Report on the lunatic asylums under the Government of Bombay - 1904-1913
Year: 1904
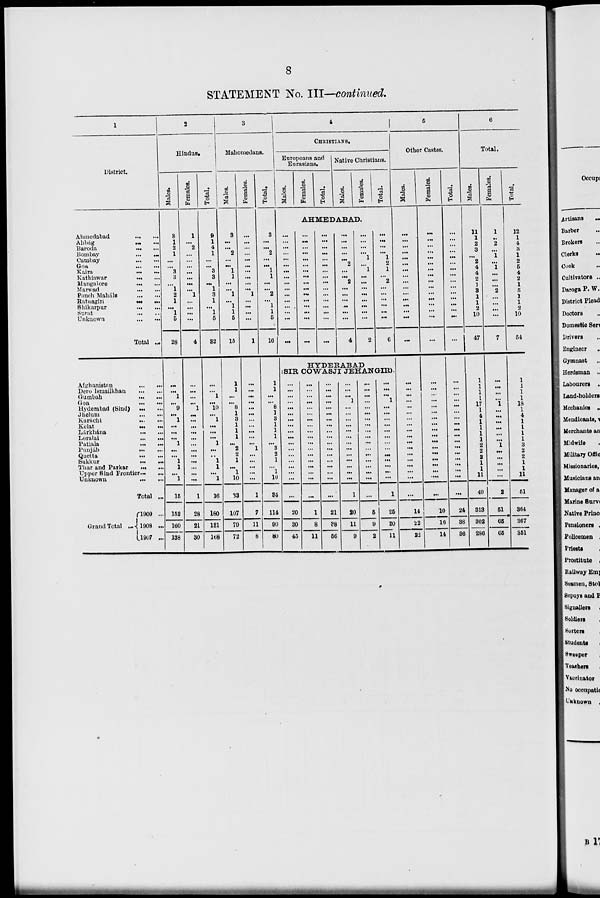
8
STATEMENT No. III—continued.
1
District.
Ahmedabad
...
...
Ahbág
...
...
Baroda ... ...
Bombay
...
...
Cambay
...
...
Goa
...
...
Kaira
...
...
Kathiawar ... ...
Mangalore
...
...
Marwad
...
...
Panch Maháls
...
...
Ratnagiri
...
...
Shikarpur
...
...
Surat ... ...
Unknown
Total ...
Afghanistan
...
...
Dero
Ismailkhan ... ...
Gumbah
...
...
Goa
...
...
Hyderabad (Sind) ... ...
Jhelum
...
...
Karáchi
Kelat
...
...
Lárkhána
...
...
Loralai
...
...
Patiala
...
...
Punjáb ... ...
Quetta
...
...
Sukkur
...
...
Thar and Parkar ... ...
Upper Sind Frontier . . . ...
Unknown ... ...
Total ...
Grand Total
...
1909 ...
1908 ...
1907 ...
2
Hindus.
Males.
8
1
2
1
...
...
3
3
...
1
2
1
...
1
5
28
...
...
1
...
9
...
1
...
...
...
1
...
...
1
1
...
1
15
152
160
138
Females.
1
...
2
...
...
...
...
...
...
...
1
...
...
...
...
4
...
...
...
...
1
...
...
...
...
...
...
...
...
...
...
...
...
1
28
21
30
Total.
9
1
4
1
...
...
3
3
...
1
3
1
...
1
5
32
...
...
1
...
10
...
1
...
...
...
1
...
...
1
1
...
1
16
180
181
168
3
Mahomedans.
Males.
3
...
...
2
...
...
1
1
...
...
1
...
1
1
6
15
1
1
...
...
8
1
3
1
1
1
...
2
2
1
1
10
33
107
79
72
Females.
...
...
...
...
...
...
...
...
...
...
1
...
...
...
...
1
...
...
...
...
...
...
...
...
...
...
1
...
...
...
...
...
1
7
11
8
Total.
3
...
...
2
...
...
1
1
...
2
...
1
1
6
16
1
1
...
...
8
1
3
1
1
1
...
3
2
1
...
1
10
34
114
90
80
4
CHRISTIANS.
Europeans and
Eurasians.
Males.
Females.
Total.
Native Christians.
Males.
Females.
Total.
AHMEDABAD....
...
...
...
...
...
...
...
...
...
...
...
...
...
...
...
...
...
...
...
...
...
...
...
...
...
...
...
...
...
...
...
...
...
...
...
...
...
...
...
...
...
...
...
...
...
...
...
...
...
...
...
...
...
2
...
...
2
...
...
...
...
...
...
4
...
...
...
...
1
...
1
...
...
...
...
...
...
...
...
2
...
...
...
...
1
2
1
2
...
...
...
...
...
6
HYDERABAD
(SIR COWASJI JEHANGIR).
...
...
...
...
...
...
...
...
...
...
...
...
...
...
...
...
...
...
20
30
45
...
...
...
...
...
...
...
...
...
...
...
...
...
...
...
...
...
...
1
8
11
...
...
...
...
...
...
...
...
...
...
...
...
...
...
...
...
...
...
21
38
56
...
...
...
2
...
...
...
...
...
...
...
...
...
...
...
...
...
1
20
11
9
...
...
...
...
...
...
...
...
...
...
...
...
...
...
...
...
...
...
6
9
2
...
...
...
1
...
...
...
...
...
...
...
...
...
...
...
...
...
1
26
20
11
5
Other Castes.
Males.
...
...
...
...
...
...
...
...
...
...
...
...
...
...
...
...
...
...
...
...
...
...
...
...
...
...
...
...
...
...
...
...
...
...
14
22
22
Females.
...
...
...
...
...
...
...
...
...
...
...
...
...
...
...
...
...
...
...
...
...
...
...
...
...
...
...
...
...
...
...
...
...
...
10
16
14
Total.
...
...
...
...
...
...
...
...
...
...
...
...
...
...
...
...
...
...
...
...
...
...
...
...
...
...
...
...
...
...
...
...
...
...
24
38
36
6
Total.
Males.
11
1
2
3
...
2
4
4
2
1
3
1
1
2
10
47
1
1
1
1
17
1
4
1
1
1
1
2
2
2 1
1
11
49
313
302
286
Females.
1
...
2
...
1
...
1
...
...
...
2
...
...
...
...
7
...
...
...
...
1
...
...
...
...
...
...
1
...
...
...
...
...
2
51
65
65
Total.
12
1
4
3
1
2
5
4
2
1
5
1
1
2
10
54
1
1
1
1
18
1
4
1
1
1
1
3
2
2
1
1
11
51
364
367
351